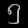
Digit: ၅